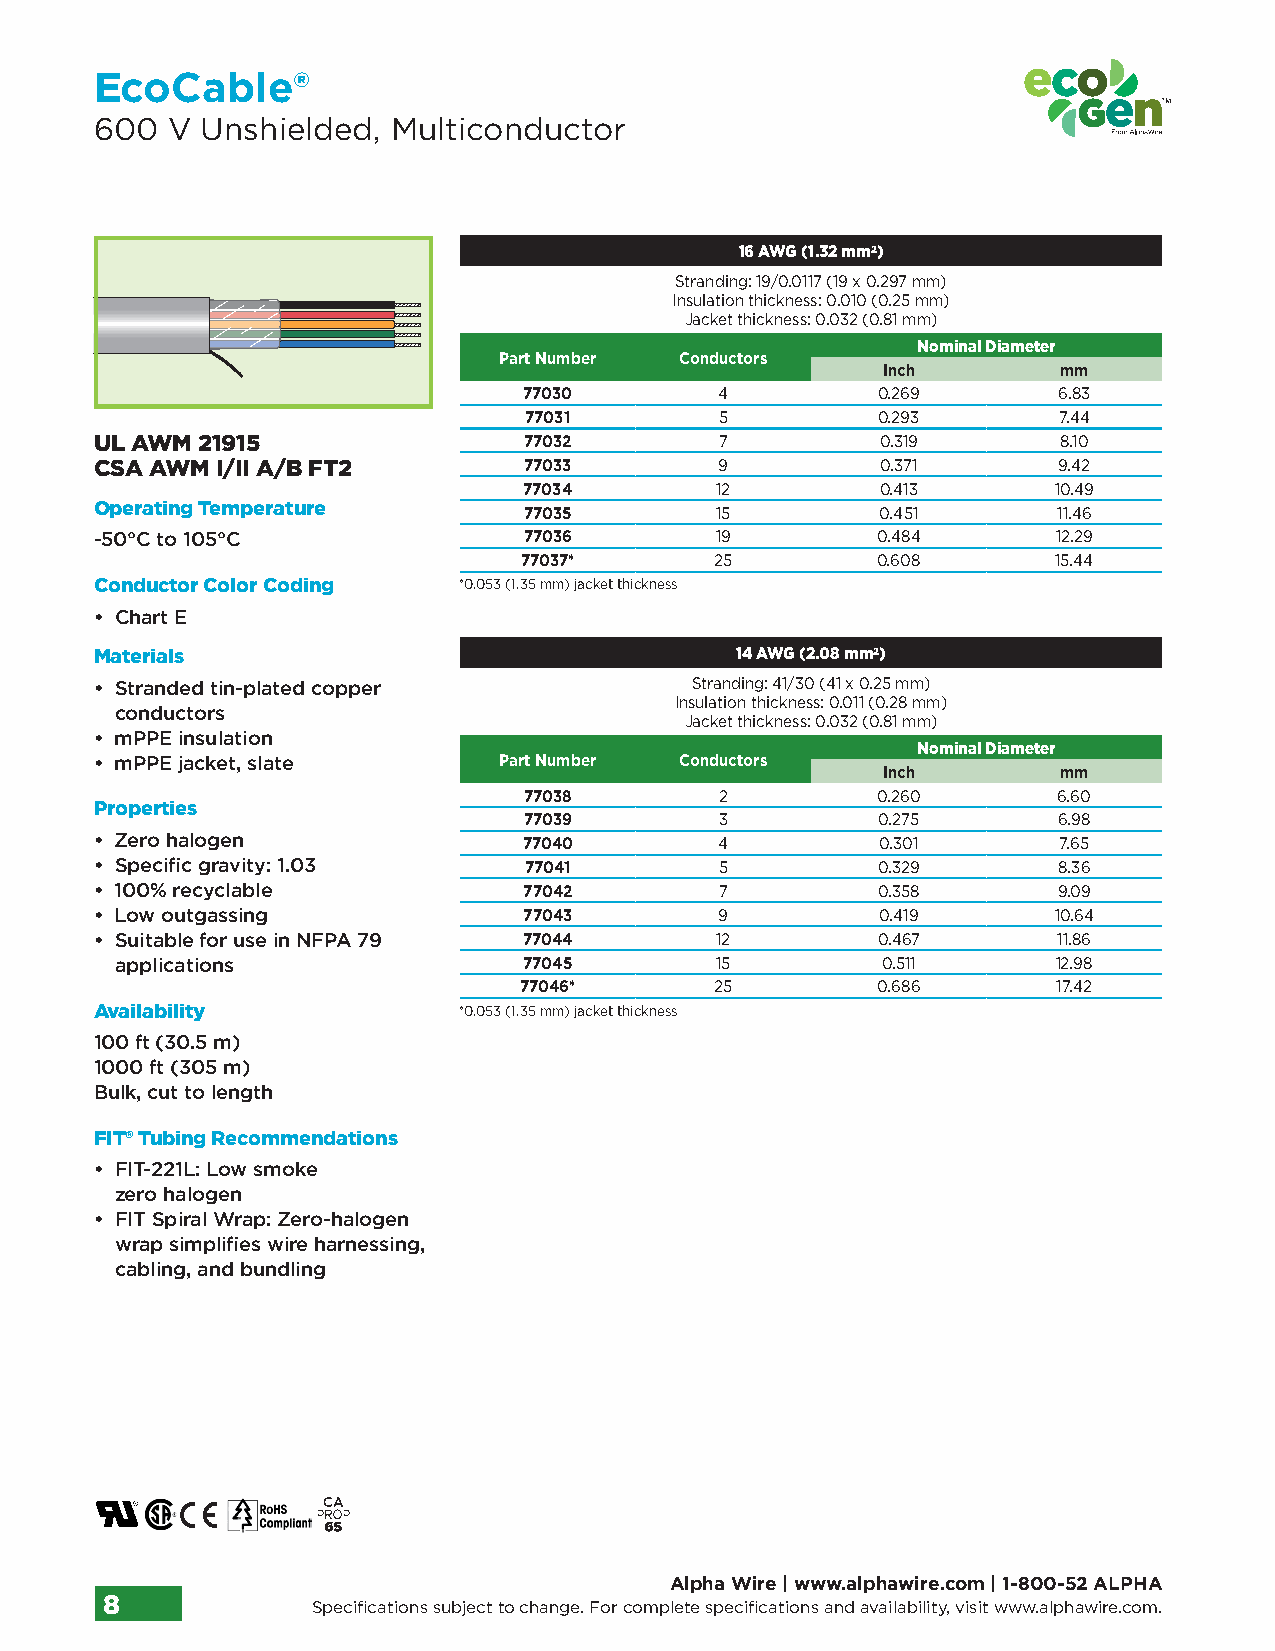
EcoCable®
 600  V Unshielded,  Multiconductor
 16 AWG (1.32 mm2)
 Stranding: 19/0.0117 (19 x 0.297 mm)
 Insulation thickness: 0.010 (0.25 mm)
 Jacket thickness: 0.032 (0.81 mm)
 Nominal Diameter
 Part Number Conductors
 Inch        mm
 77030        4         0.269       6.83
 77031        5         0.293       7.44
 UL AWM 21915                 77032        7         0.319       8.10
 CSA AWM I/II A/B FT2         77033        9         0.371       9.42
 77034       12         0.413       10.49
 Operating Temperature        77035       15         0.451       11.46
 -50°C to 105°C               77036       19         0.484       12.29
 77037*       25         0.608       15.44
 Conductor Color Coding  *0.053 (1.35 mm) jacket thickness
 • Chart E
 Materials                                  14 AWG (2.08 mm2)
 • S tranded tin-plated copper           Stranding: 41/30 (41 x 0.25 mm)
 Insulation thickness: 0.011 (0.28 mm)
 conductors
 Jacket thickness: 0.032 (0.81 mm)
 • mPPE insulation
 Nominal Diameter
 • mPPE jacket, slate       Part Number Conductors
 Inch        mm
 77038        2         0.260       6.60
 Properties
 77039        3         0.275       6.98
 • Zero halogen               77040        4         0.301       7.65
 • Specific gravity: 1.03     77041        5         0.329       8.36
 • 100% recyclable            77042        7         0.358       9.09
 • Low outgassing             77043        9         0.419       10.64
 • S uitable for use in NFPA 79 77044     12         0.467       11.86
 applications               77045       15         0.511       12.98
 77046*       25         0.686       17.42
 Availability            *0.053 (1.35 mm) jacket thickness
 100 ft (30.5 m)
 1000 ft (305 m)
 Bulk, cut to length
 FIT® Tubing Recommendations
 • F IT-221L: Low smoke
 zero halogen
 • F IT Spiral Wrap: Zero-halogen
 wrap simplifies wire harnessing,
 cabling, and bundling
 Alpha Wire | www.alphawire.com | 1-800-52 ALPHA
 8             Specifications subject to change. For complete specifications and availability, visit www.alphawire.com.